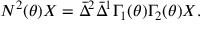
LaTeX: N ^ { 2 } ( \theta ) X = \bar { \Delta } ^ { 2 } \bar { \Delta } ^ { 1 } \Gamma _ { 1 } ( \theta ) \Gamma _ { 2 } ( \theta ) X .